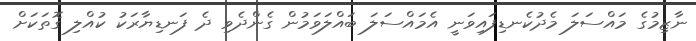
ނާޒިމުގެ މައްސަލަ މެދުކެނޑިފައިވަނީ އެމައްސަލަ ބައްލަވަމުން ގެންދެވި ދެ ފަނޑިޔާރަކު ކުއްލި ގޮތަކަށް